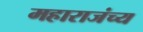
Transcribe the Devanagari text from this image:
महाराजंच्य